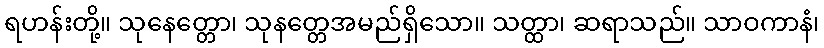
ရဟန်းတို့။ သုနေတ္တော၊ သုနတ္တေအမည်ရှိသော။ သတ္ထာ၊ ဆရာသည်။ သာဝကာနံ၊